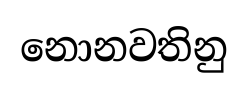
නොනවතිනු